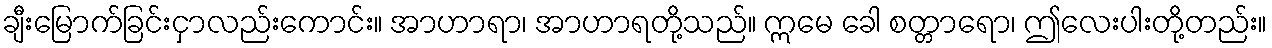
ချီးမြောက်ခြင်းငှာလည်းကောင်း။ အာဟာရာ၊ အာဟာရတို့သည်။ ဣမေ ခေါ စတ္တာရော၊ ဤလေးပါးတို့တည်း။